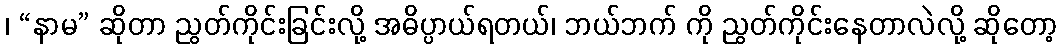
၊ “နာမ” ဆိုတာ ညွတ်ကိုင်းခြင်းလို့ အဓိပ္ပာယ်ရတယ်၊ ဘယ်ဘက် ကို ညွတ်ကိုင်းနေတာလဲလို့ ဆိုတော့